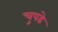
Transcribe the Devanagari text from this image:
चुपडे